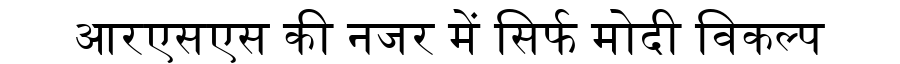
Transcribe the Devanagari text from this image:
आरएसएस की नजर में सिर्फ मोदी विकल्प